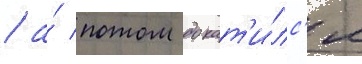
/ а́ потом докат'и́лс'я